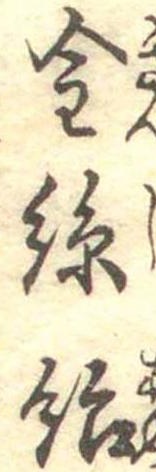
金糸飴